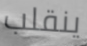
ينقلب